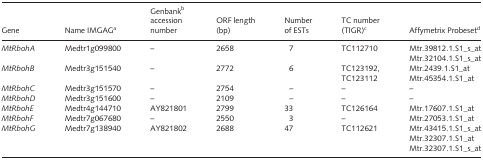
| Gene | Name IMGAGa | Genbankb accession number | ORF length (bp) | Number of ESTs | TC number (TIGR)c | Affymetrix Probesetd |
 | --- | --- | --- | --- | --- | --- | --- |
 | MtRbohA | Medtr1g099800 | – | 2658 | 7 | TC112710 | Mtr.39812.1.S1_s_at Mtr.32104.1.S1_s_at |
 | MtRbohB | Medtr3g151540 | – | 2772 | 6 | TC123192, TC123112 | Mtr.2439.1.S1_at Mtr.45354.1.S1_at |
 | MtRbohC | Medtr3g151570 | – | 2754 | – | – | – |
 | MtRbohD | Medtr3g151600 | – | 2109 | – | – | – |
 | MtRbohE | Medtr4g144710 | AY821801 | 2799 | 33 | TC126164 | Mtr.17607.1.S1_at |
 | MtRbohF | Medtr7g067680 | – | 2550 | 3 | – | Mtr.27053.1.S1_at |
 | MtRbohG | Medtr7g138940 | AY821802 | 2688 | 47 | TC112621 | Mtr.43415.1.S1_s_atMtr.32307.1.S1_atMtr.32307.1.S1_s_at |